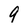
Character: 9